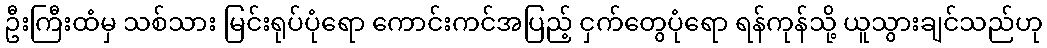
ဦးကြီးထံမှ သစ်သား မြင်းရုပ်ပုံရော ကောင်းကင်အပြည့် ငှက်တွေပုံရော ရန်ကုန်သို့ ယူသွားချင်သည်ဟု